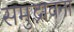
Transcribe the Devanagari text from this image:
समुद्भावना